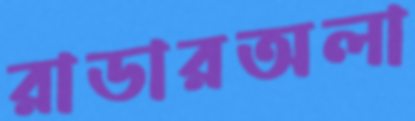
রাডারঅলা